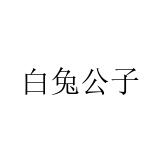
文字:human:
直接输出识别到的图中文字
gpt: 白兔公子